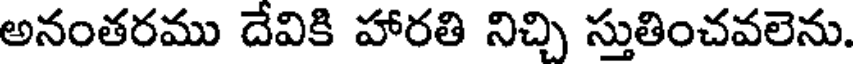
అనంతరము దేవికి హారతి నిచ్చి స్తుతించవలెను.